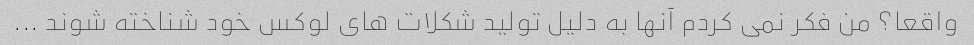
واقعا؟ من فکر نمی کردم آنها به دلیل تولید شکلات های لوکس خود شناخته شوند ...